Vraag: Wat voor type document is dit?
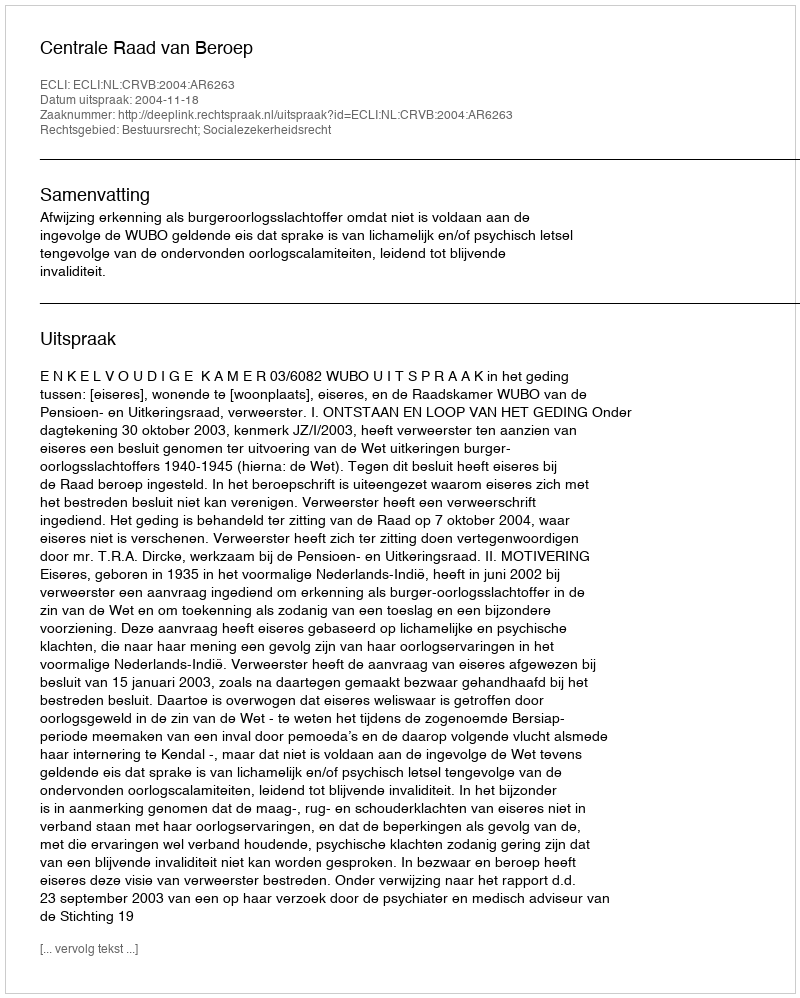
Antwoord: Uitspraak